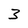
Character: 3